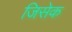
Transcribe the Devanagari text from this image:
जिसेक